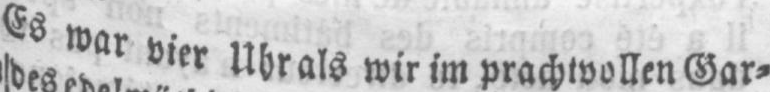
Es war vier Uhr als wir im prachtvollen Gar⸗